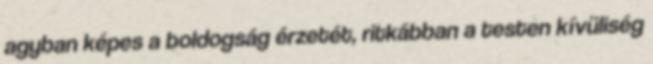
agyban képes a boldogság érzetét, ritkábban a testen kívüliség